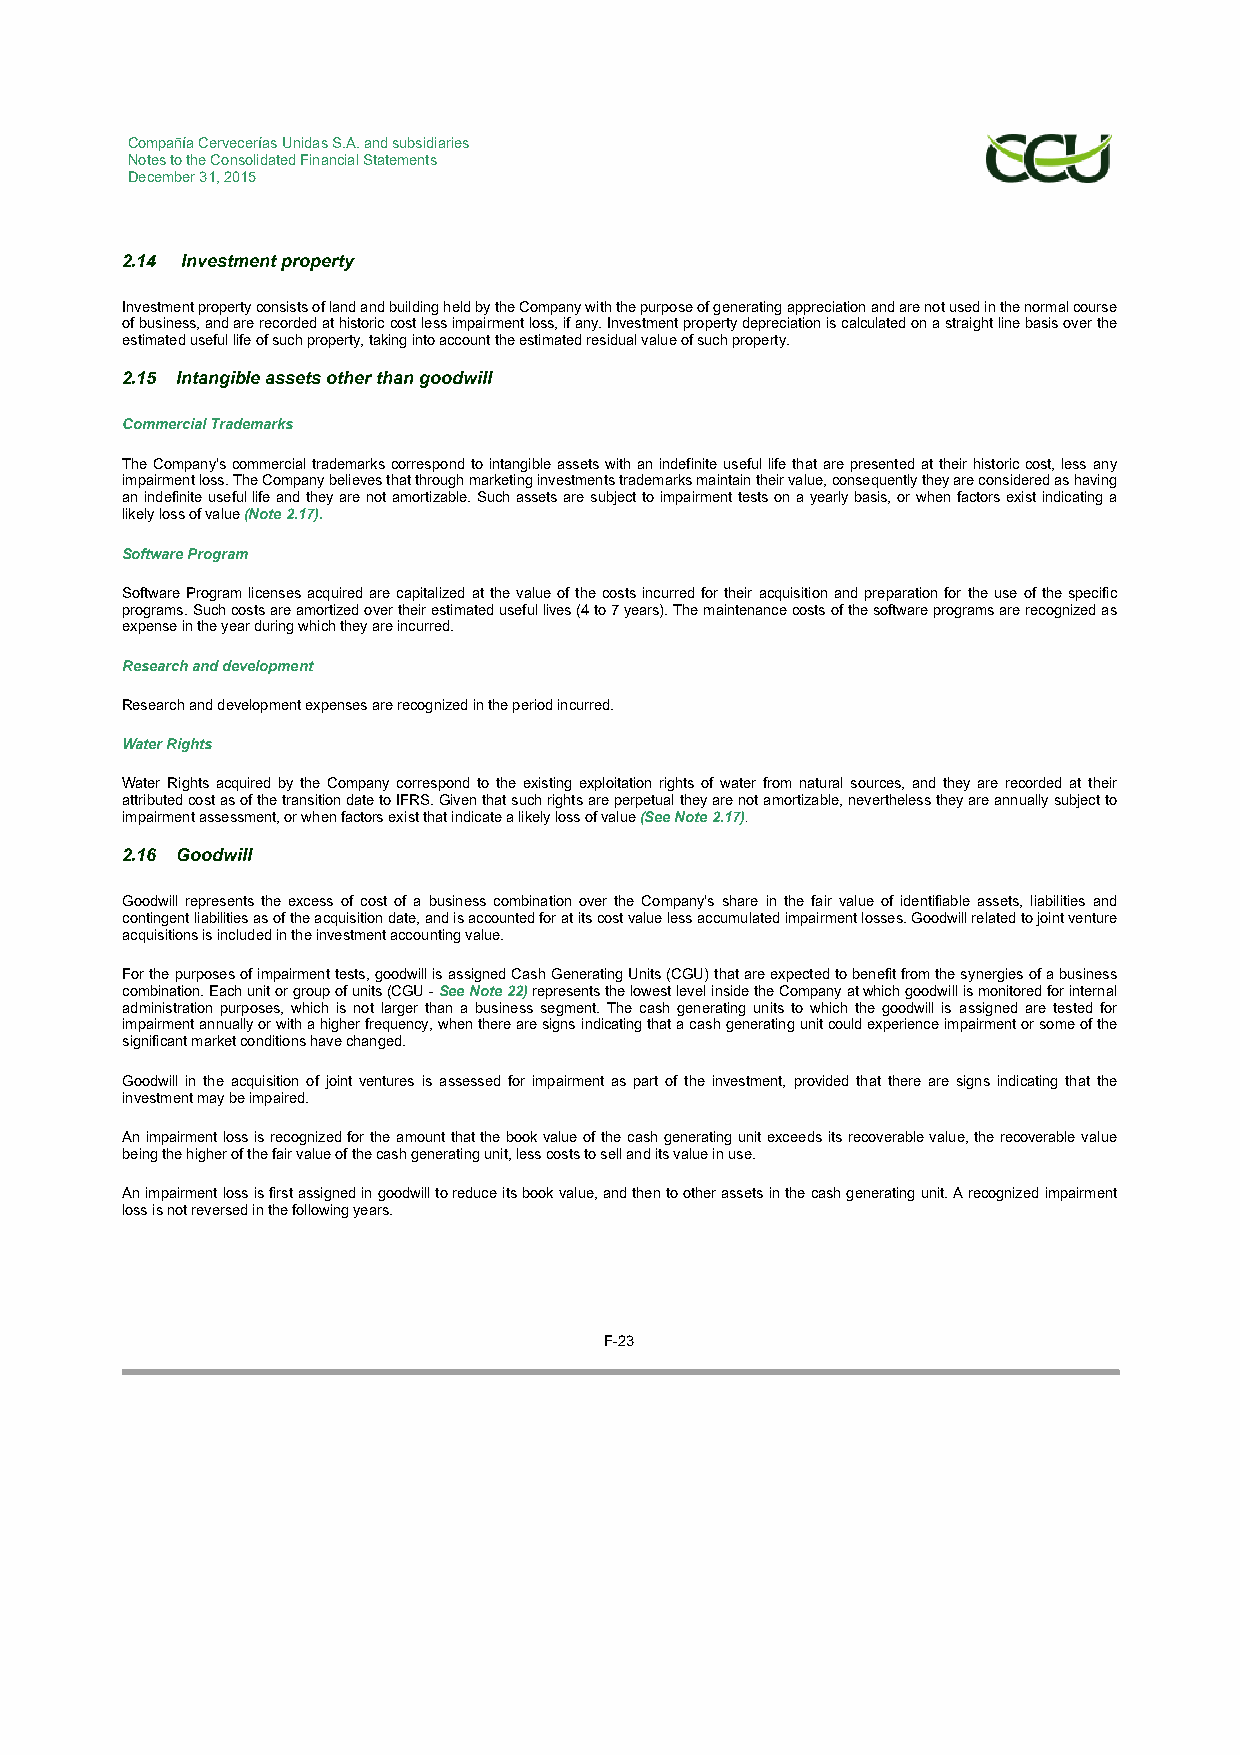
Compañía Cervecerías Unidas S.A. and subsidiaries
 Notes to the Consolidated Financial Statements
 December 31, 2015
 2.14 Investment property
 Investment property consists of land and building held by the Company with the purpose of generating appreciation and are not used in the normal course
 of business, and are recorded at historic cost less impairment loss, if any. Investment property depreciation is calculated on a straight line basis over the
 estimated useful life of such property, taking into account the estimated residual value of such property.
 2.15 Intangible assets other than goodwill
 Commercial Trademarks
 The Company’s commercial trademarks correspond to intangible assets with an indefinite useful life that are presented at their historic cost, less any
 impairment loss. The Company believes that through marketing investments trademarks maintain their value, consequently they are considered as having
 an indefinite useful life and they are not amortizable. Such assets are subject to impairment tests on a yearly basis, or when factors exist indicating a
 likely loss of value (Note 2.17).
 Software Program
 Software Program licenses acquired are capitalized at the value of the costs incurred for their acquisition and preparation for the use of the specific
 programs. Such costs are amortized over their estimated useful lives (4 to 7 years). The maintenance costs of the software programs are recognized as
 expense in the year during which they are incurred.
 Research and development
 Research and development expenses are recognized in the period incurred.
 Water Rights
 Water Rights acquired by the Company correspond to the existing exploitation rights of water from natural sources, and they are recorded at their
 attributed cost as of the transition date to IFRS. Given that such rights are perpetual they are not amortizable, nevertheless they are annually subject to
 impairment assessment, or when factors exist that indicate a likely loss of value (See Note 2.17).
 2.16 Goodwill
 Goodwill represents the excess of cost of a business combination over the Company’s share in the fair value of identifiable assets, liabilities and
 contingent liabilities as of the acquisition date, and is accounted for at its cost value less accumulated impairment losses. Goodwill related to joint venture
 acquisitions is included in the investment accounting value.
 For the purposes of impairment tests, goodwill is assigned Cash Generating Units (CGU) that are expected to benefit from the synergies of a business
 combination. Each unit or group of units (CGU - See Note 22) represents the lowest level inside the Company at which goodwill is monitored for internal
 administration purposes, which is not larger than a business segment. The cash generating units to which the goodwill is assigned are tested for
 impairment annually or with a higher frequency, when there are signs indicating that a cash generating unit could experience impairment or some of the
 significant market conditions have changed.
 Goodwill in the acquisition of joint ventures is assessed for impairment as part of the investment, provided that there are signs indicating that the
 investment may be impaired.
 An impairment loss is recognized for the amount that the book value of the cash generating unit exceeds its recoverable value, the recoverable value
 being the higher of the fair value of the cash generating unit, less costs to sell and its value in use.
 An impairment loss is first assigned in goodwill to reduce its book value, and then to other assets in the cash generating unit. A recognized impairment
 loss is not reversed in the following years.
 F-23